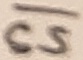
Text: CS